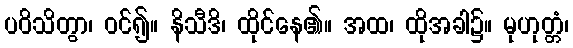
ပဝိသိတွာ၊ ဝင်၍။ နိသီဒိ၊ ထိုင်နေ၏။ အထ၊ ထိုအခါ၌။ မုဟုတ္တံ၊